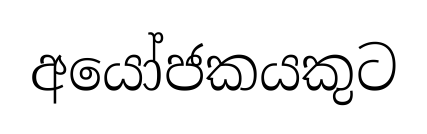
අයෝජකයකුට